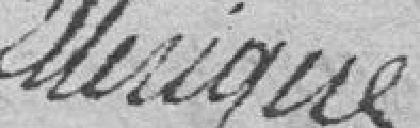
Etterique